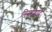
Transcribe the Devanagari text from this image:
निर्माणादि